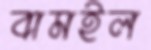
বামইল